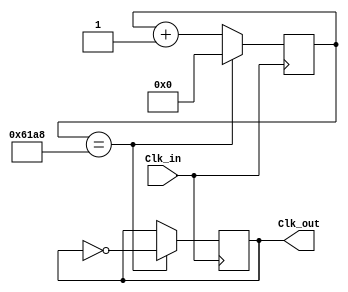
module Clock_divider (Clk_in, Clk_out);
	input Clk_in;
	output reg Clk_out;
	
	parameter n = 25000; // make 1kHz clock counting to 50,000
	
	reg [15:0] count;
	
	always @ (posedge Clk_in)
		begin
			if(count == n)
				begin
					count <= 0;
					Clk_out <= ~Clk_out; // toggle the clock
				end
			else
				count <= count + 1;
		end
endmodule